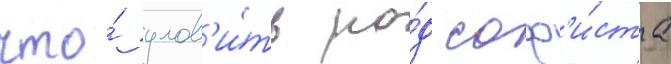
что́ улов'и́ть ро́д соф'и́ста